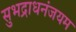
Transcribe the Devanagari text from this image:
सुभद्राधनंजयम